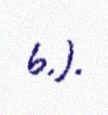
b.).